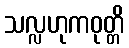
သလ္လဟုကဝုတ္တိ